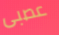
عصبى